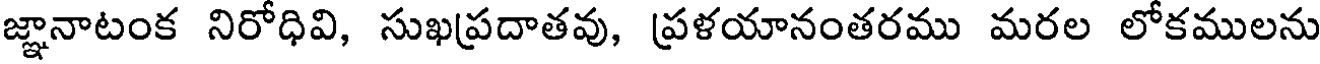
జ్ఞానాటంక నిరోధివి, సుఖప్రదాతవు, ప్రళయానంతరము మరల లోకములను